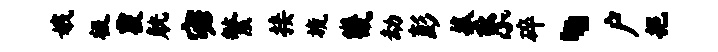
娥极覆觥宓繁接旒畿劫彭菰系碎、户挹